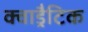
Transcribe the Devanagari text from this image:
क्वाड्रैटिक